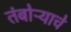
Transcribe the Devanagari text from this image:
तंबोऱ्याचे